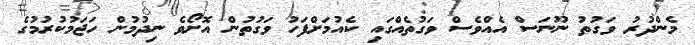
މެންދުރު ވަގުތު ނޫނަސް އެއްވެސް ވަގުތެއްގައި ކެއުމަށްފަހު ވަގުތުން އޮށޯވެ ނިދުމުން ހަޖަމުކުރުމުގެ